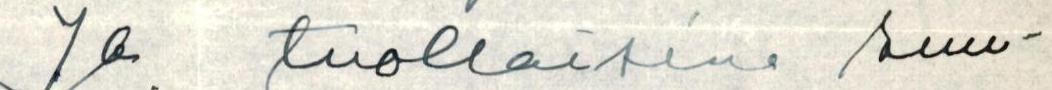
Ja tuollaisina suu-